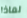
لماذا